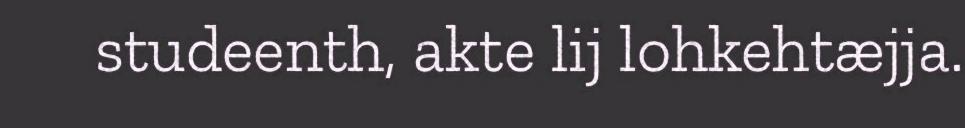
studeenth, akte lij lohkehtæjja.